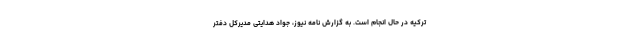
ترکیه در حال انجام است. به گزارش نامه نیوز، جواد هدایتی مدیرکل دفتر